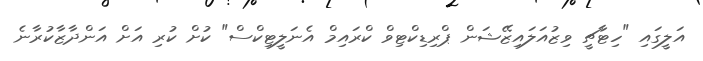
އަލީގައި "ހިޓާޗީ ވިޒުއަލައިޒޭޝަން ޕްރިޑިކްޓިވް ކްރައިމް އެނަލީޓިކްސް" ކުށް ކުރި އަށް އަންދާޒާކުރާނެ